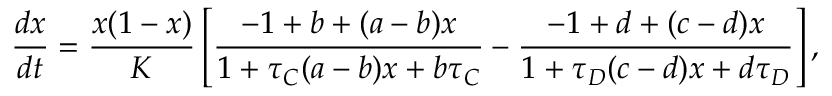
\frac { d x } { d t } = \frac { x ( 1 - x ) } { K } \left[ \frac { - 1 + b + ( a - b ) x } { 1 + \tau _ { C } ( a - b ) x + b \tau _ { C } } - \frac { - 1 + d + ( c - d ) x } { 1 + \tau _ { D } ( c - d ) x + d \tau _ { D } } \right] ,